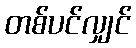
တစ်ပင်လျှင်